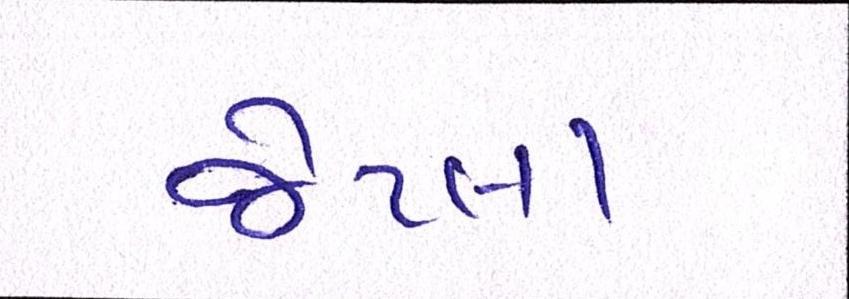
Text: જેટલા